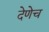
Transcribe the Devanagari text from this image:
देणेच